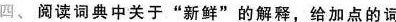
四、阅读词典中关于”新鲜”的解释，给加点的词